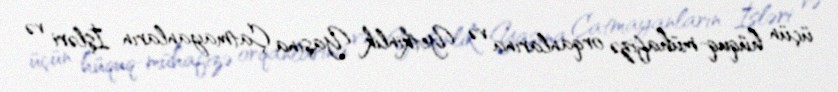
üçün hüquq-mühafizə orqanlarına və Yetkinlik Yaşına Çatmayanların İşləri və